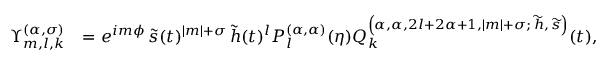
\begin{array} { r l } { \Upsilon _ { m , l , k } ^ { ( \alpha , \sigma ) } } & { = e ^ { i m \phi } \, \widetilde { s } ( t ) ^ { \left| m \right| + \sigma } \, \widetilde { h } ( t ) ^ { l } P _ { l } ^ { ( \alpha , \alpha ) } ( \eta ) Q _ { k } ^ { \left( \alpha , \alpha , 2 l + 2 \alpha + 1 , \left| m \right| + \sigma ; \, \widetilde { h } , \, \widetilde { s } \right) } ( t ) , } \end{array}